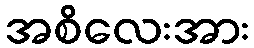
အစိလေးအား